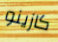
كازينو